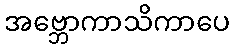
အဗ္ဘောကာသိကာပေ